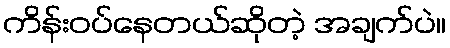
ကိန်းဝပ်နေတယ်ဆိုတဲ့ အချက်ပဲ။